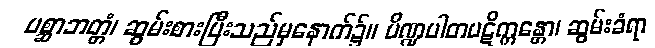
ပစ္ဆာဘတ္တံ၊ ဆွမ်းစားပြီးသည်မှနောက်၌။ ပိဏ္ဍပါတပဋိက္ကန္တော၊ ဆွမ်းခံရာ